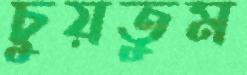
চুয়তুম